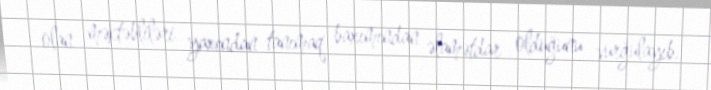
olan məktəbliləri yaxından tanımaq baxımından əlamətdar olduğunu vurğulayıb.